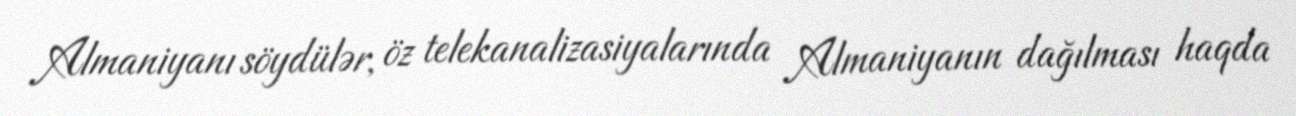
Almaniyanı söydülər, öz telekanalizasiyalarında Almaniyanın dağılması haqda